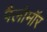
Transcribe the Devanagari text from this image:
पैलोमॉर